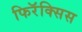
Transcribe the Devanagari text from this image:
फिरॅक्सिस